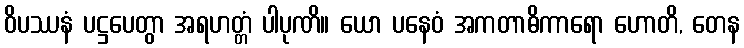
ဝိပဿနံ ပဋ္ဌပေတွာ အရဟတ္တံ ပါပုဏိ။ ယော ပနေဝံ အကတာဓိကာရော ဟောတိ, တေန